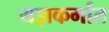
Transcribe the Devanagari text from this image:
यज्ञकर्मात